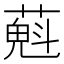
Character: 𦼄